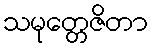
သမုတ္တေဇိတာ